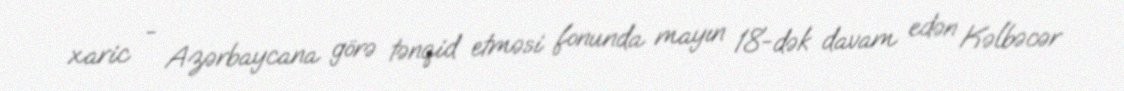
xaric - Azərbaycana görə tənqid etməsi fonunda mayın 18-dək davam edən Kəlbəcər